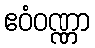
ဧဝံဝဏ္ဏာ